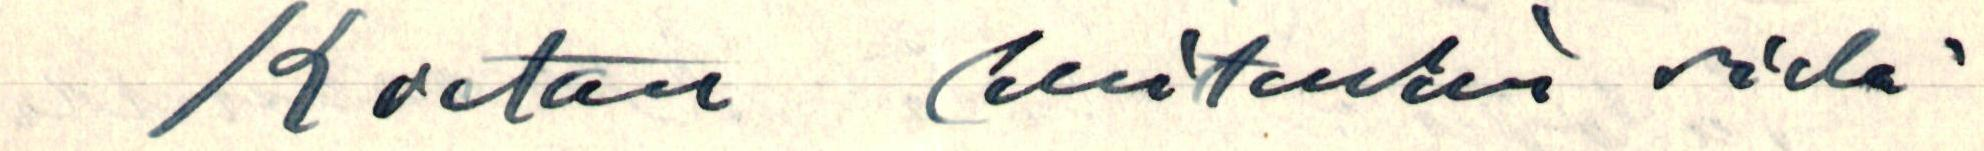
Koetan kuitenkin vielä